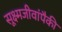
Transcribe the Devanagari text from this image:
सूक्ष्मजीवांपैकी